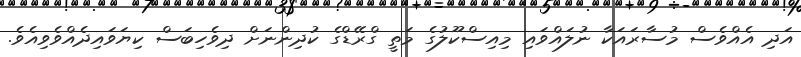
އަދި އެއްވެސް މުސާރައަކާ ނުލައްވައި މިއިސްކޫލުގެ މަތީ ގްރޭޑްގެ ކުދިންނަށް ދިވެހިބަސް ކިޔަވައިދެއްވެވިއެވެ.